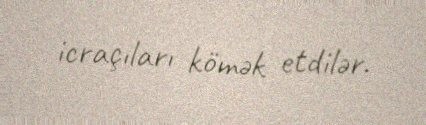
icraçıları kömək etdilər.